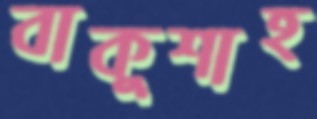
বাকুশাহ